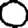
Digit: 0